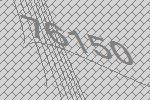
76150